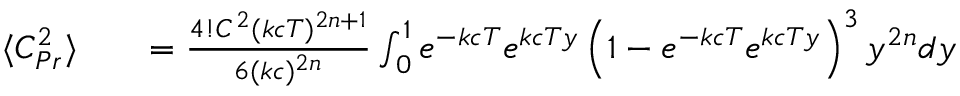
\begin{array} { r l r } { \langle C _ { P r } ^ { 2 } \rangle } & { { } } & { = \frac { 4 ! C ^ { 2 } ( k c T ) ^ { 2 n + 1 } } { 6 ( k c ) ^ { 2 n } } \int _ { 0 } ^ { 1 } e ^ { - k c T } e ^ { k c T y } \left( 1 - e ^ { - k c T } e ^ { k c T y } \right) ^ { 3 } y ^ { 2 n } d y } \end{array}